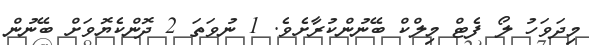
މިދަވަހު ލޯ ފެޓް މިލްކް ބޭނުންކުރާށެވެ. 1 ނުވަތަ 2 ދޮންކެޔޮވަށް ބޭނުން